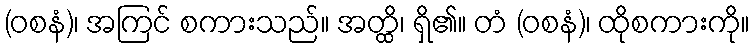
(ဝစနံ)၊ အကြင် စကားသည်။ အတ္ထိ၊ ရှိ၏။ တံ (ဝစနံ)၊ ထိုစကားကို။